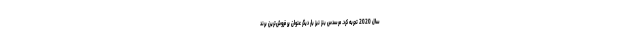
سال 2020 تجربه کرد. مرسدس بنز نیز بار دیگر عنوان پر فروش‌ترین برند